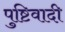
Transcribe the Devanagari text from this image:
पुष्टिवादी